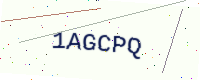
Text: 1AGCPQ